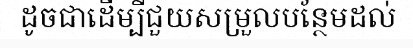
ដូចជាដើម្បីជួយសម្រួលបន្ថែមដល់